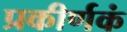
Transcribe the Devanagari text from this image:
प्रकीर्णकं